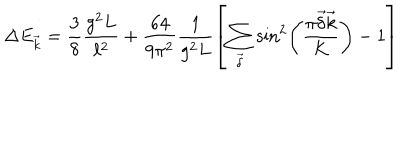
\Delta E _ { \vec { k } } = \frac { 3 } { 8 } \frac { g ^ { 2 } L } { \ell ^ { 2 } } + \frac { 6 4 } { 9 \pi ^ { 2 } } \frac { 1 } { g ^ { 2 } L } \left[ \sum _ { \vec { \delta } } \sin ^ { 2 } \left( \frac { \pi \vec { \delta } \vec { k } } { K } \right) - 1 \right]